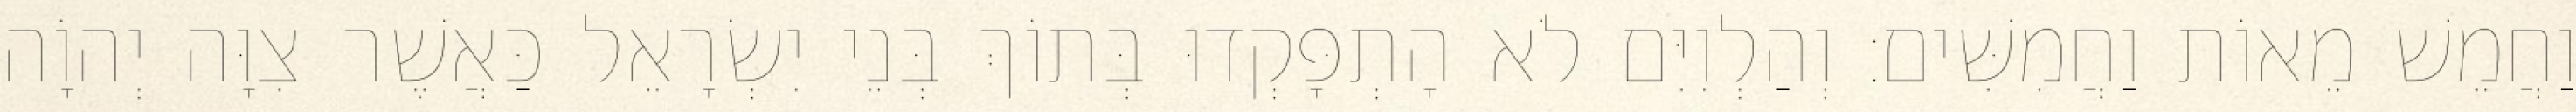
וַחֲמֵשׁ מֵאוֹת וַחֲמִשִּׁים׃ וְהַלְוִיִּם לֹא הָתְפָּקְדוּ בְּתוֹךְ בְּנֵי יִשְׂרָאֵל כַּאֲשֶׁר צִוָּה יְהוָֹה